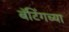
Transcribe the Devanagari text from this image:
बॅटिंगच्या